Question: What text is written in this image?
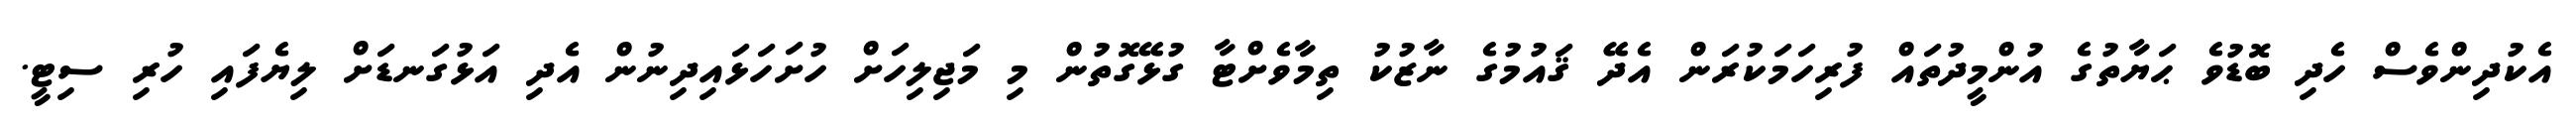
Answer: އެކުދިންވެސް ހެދި ބޮޑުވެ ޙަޔާތުގެ އުންމީދުތައް ފުރިހަމަކުރަން އެދޭ ޤައުމުގެ ނާޒުކު ތިމާވެށްޓާ ގުޅޭގޮތުން މި މަޖިލިހަށް ހުށަހަޅައިދިނުން އެދި އަޅުގަނޑަށް ލިޔެފައި ހުރި ސިޓީ.